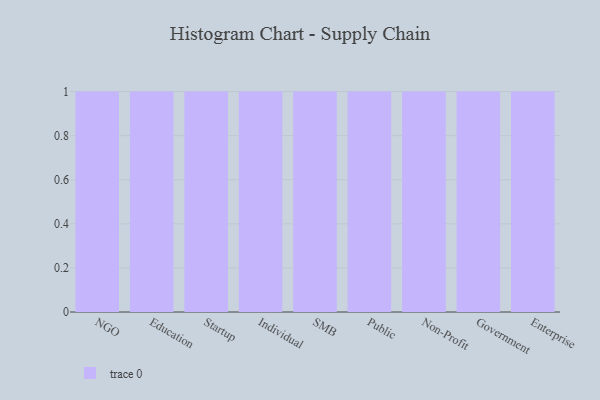
{"axis": {"x": "Segment", "y": "Tickets Resolved"}, "legend": [""], "data": [{"x": "NGO", "y": 52, "type": ""}, {"x": "Education", "y": 97, "type": ""}, {"x": "Startup", "y": 46, "type": ""}, {"x": "Individual", "y": 13, "type": ""}, {"x": "SMB", "y": 1, "type": ""}, {"x": "Public", "y": 95, "type": ""}, {"x": "Non-Profit", "y": 70, "type": ""}, {"x": "Government", "y": 20, "type": ""}, {"x": "Enterprise", "y": 66, "type": ""}]}